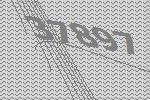
37897